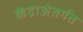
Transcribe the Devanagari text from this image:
केंद्राअंतर्गत